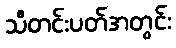
သီတင်းပတ်အတွင်း